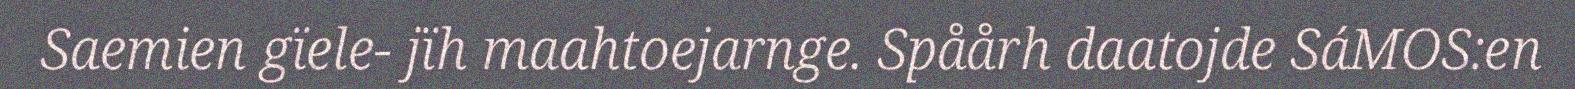
Saemien gïele- jïh maahtoejarnge. Spåårh daatojde SáMOS:en